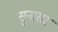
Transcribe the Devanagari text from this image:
सुनासर